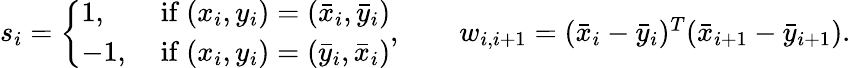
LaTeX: \begin{array}{r}{s_{i}=\left\{ \begin{array}{ll}{1,}&{\mathrm{~if~}(x_{i},y_{i})=(\bar{x}_{i},\bar{y}_{i})}\\ {-1,}&{\mathrm{~if~}(x_{i},y_{i})=(\bar{y}_{i},\bar{x}_{i})}\end{array}\right.,\qquad w_{i,i+1}=(\bar{x}_{i}-\bar{y}_{i})^{T}(\bar{x}_{i+1}-\bar{y}_{i+1}).}\end{array}